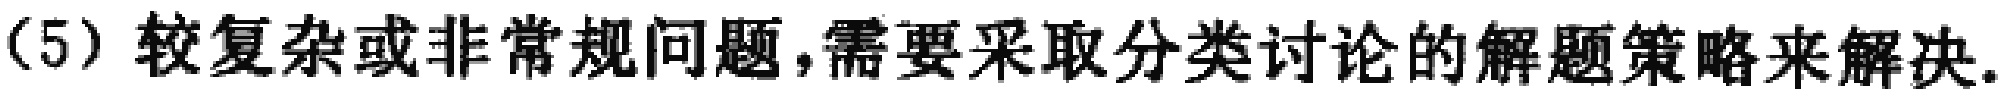
(5) 较复杂或非常规问题,需要采取分类讨论的解题策略来解决.